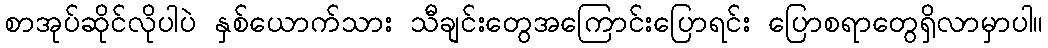
စာအုပ်ဆိုင်လိုပါပဲ နှစ်ယောက်သား သီချင်းတွေအကြောင်းပြောရင်း ပြောစရာတွေရှိလာမှာပါ။